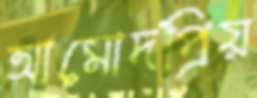
আমোদপ্রিয়